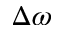
\Delta \omega